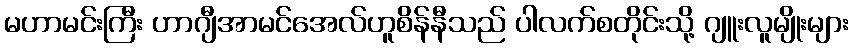
မဟာမင်းကြီး ဟာဂျီအာမင်အေလ်ဟူစိန်နီသည် ပါလက်စတိုင်းသို့ ဂျူးလူမျိုးများ